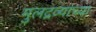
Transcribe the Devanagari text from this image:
मुलद्रव्यांच्या